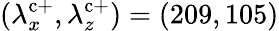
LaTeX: (\lambda_{x}^{\mathrm{c}+},\lambda_{z}^{\mathrm{c}+})=(209,105)